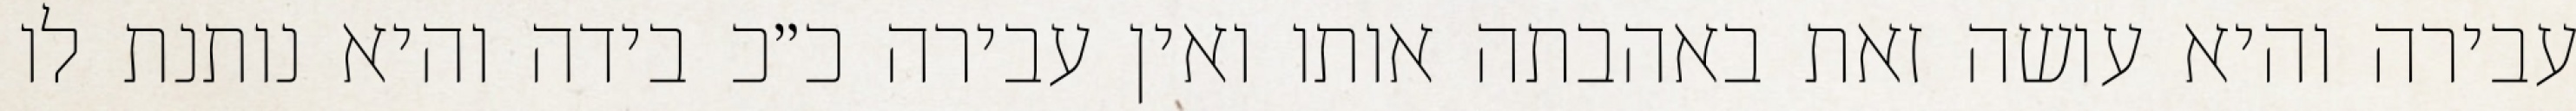
עבירה והיא עושה זאת באהבתה אותו ואין עבירה כ״כ בידה והיא נותנת לו